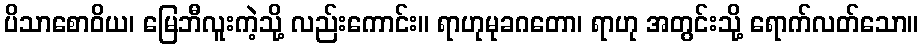
ပိသာစောဝိယ၊ မြေဘီလူးကဲ့သို့ လည်းကောင်း။ ရာဟုမုခဂတော၊ ရာဟု အတွင်းသို့ ရောက်လတ်သော။